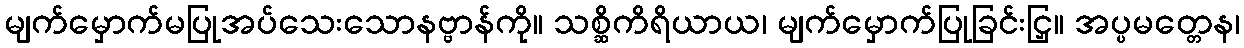
မျက်မှောက်မပြုအပ်သေးသောနဗ္ဗာန်ကို။ သစ္ဆိကိရိယာယ၊ မျက်မှောက်ပြုခြင်းငြှ။ အပ္ပမတ္တေန၊